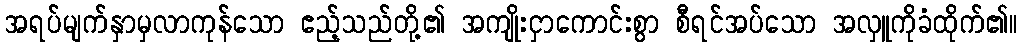
အရပ်မျက်နှာမှလာကုန်သော ဧည့်သည်တို့၏ အကျိုးငှာကောင်းစွာ စီရင်အပ်သော အလှူကိုခံထိုက်၏။